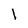
Character: I